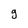
Character: g